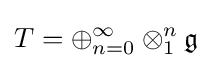
T=\oplus _{n=0}^{\infty }\otimes _{1}^{n}{\mathfrak {g}}